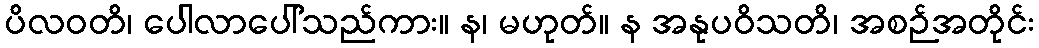
ပိလဝတိ၊ ပေါလာပေါ်သည်ကား။ န၊ မဟုတ်။ န အနုပဝိသတိ၊ အစဉ်အတိုင်း